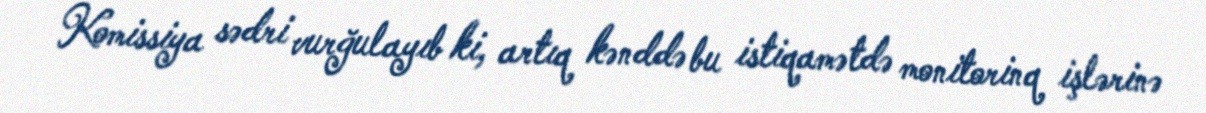
Komissiya sədri vurğulayıb ki, artıq kənddə bu istiqamətdə monitorinq işlərinə